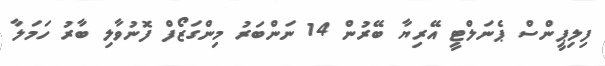
ފިލިޕީންސް ޕެނަލްޓީ އޭރިޔާ ބޭރުން 14 ނަންބަރު މިންގަޒޯފް ފޮނުވާލި ބާރު ހަމަލާ